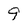
Character: 9